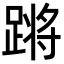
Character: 𬧀